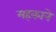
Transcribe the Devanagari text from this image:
महकाने